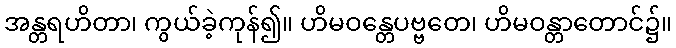
အန္တရဟိတာ၊ ကွယ်ခဲ့ကုန်၍။ ဟိမဝန္တေပဗ္ဗတေ၊ ဟိမဝန္တာတောင်၌။